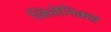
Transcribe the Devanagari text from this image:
जिलेनिकस